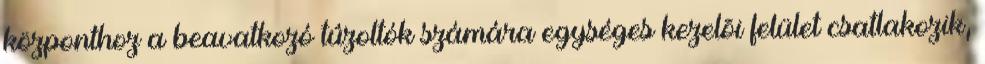
központhoz a beavatkozó tûzoltók számára egységes kezelõi felület csatlakozik,